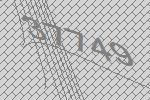
37749